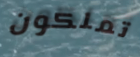
تملكون